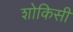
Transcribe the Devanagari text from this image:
शोकिसी